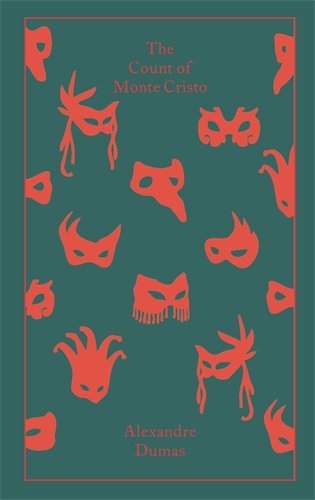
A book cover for The Count of Monte Cristo (Hardcover Classics); Alexandre Dumas; Literature & Fiction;